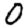
Digit: 0